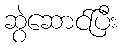
ဆွဲဆောင်ပြီး